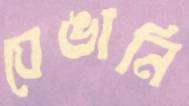
ঘেঙানি